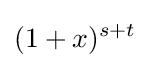
(1+x)^{s+t}